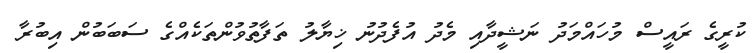
ކުރީގެ ރައީސް މުހައްމަދު ނަޝީދާއި މެދު އުފެދުނު ޚިޔާލު ތަފާތުވުންތަކެއްގެ ސަބަބުން އިބުރާ